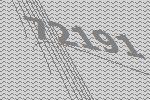
72191